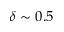
\delta \sim 0 . 5